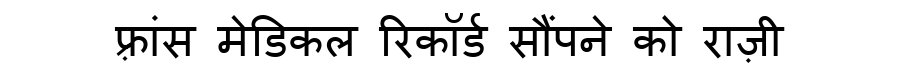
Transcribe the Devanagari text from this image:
फ़्रांस मेडिकल रिकॉर्ड सौंपने को राज़ी